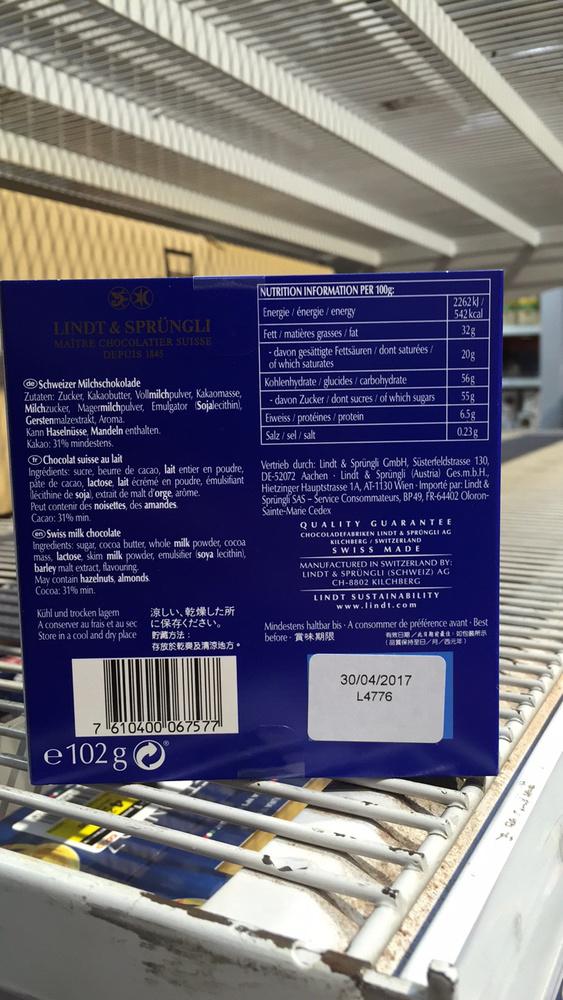
LINDT & SPRÜNGLI
MAITRE CHOCOLATIER SUISSE DEPUIS 1845
de Schweizer Milchschokolade
Zutaten: Zucker, Kakaobutter, Vollmilchpulver, Kakaomasse, Milchzucker, Magermilchpulver, Emulgator (Sojalecithin), Gerstenmalzextrakt, Aroma.
Kann Haselnüsse, Mandeln enthalten. Kakao: 31% mindestens.
Chocolat suisse au lait
Ingrédients: sucre, beurre de cacao, lait entier en poudre, pâte de cacao, lactose, lait écrémé en poudre, émulsifiant lécithine de soja), extrait de malt d'orge, arome. Peut contenir des noisettes, des amandes. Cacao: 31% min.
en Swiss milk chocolate
Ingredients: sugar, cocoa butter, whole milk powder, cocoa
mass, lactose, skim milk powder, emulsifier (soya lecithin),
barley malt extract, flavouring
May contain hazelnuts, almonds.
Cocoa: 31% min.
Kühl und trocken lagern
A conserver au frais et au sec
Store in a cool and dry place
涼しい、乾燥した所
に保存ください。
:
存放於乾爽及清涼地方。
7 610400 067577
e 102 g
NUTRITION INFORMATION PER 100g:
Energie/ énergie/energy
Fett/ matières grasses/fat
- davon gesättigte Fettsäuren/ dont saturées. of which saturates
Kohlenhydrate/ glucides/carbohydrate
- davon Zucker/dont sucres/ of which sugars
Eiweiss / protéines / protein
Salz/sel/salt
2262 kJ/
542 kcal
32g
20g
56g
55g
Vertrieb durch: Lindt & Sprüngli GmbH, Süsterfeldstrasse 130, DE-52072 Aachen Lindt & Sprüngli (Austria) Ges.m.b.H., Hietzinger Hauptstrasse 1A, AT-1130 Wien Importé par: Lindt & Sprüngli SAS-Service Consommateurs, BP49, FR-64402 OloronSainte-Marie Cedex
QUALITY GUARANTEE CHOCOLADEFABRIKEN LINDT & SPRONGLI AG KILCHBERG / SWITZERLAND
SWISS MADE
MANUFACTURED IN SWITZERLAND BY:
LINDT & SPRÜNGLI (SCHWEIZ) AG
CH-8802 KILCHBERG
LINDT SUSTAINABILITY
6.5g
0.23g
30/04/2017
L4776
www.lindt.com
Mindestens haltbar bis A consommer de préférence avant Best
before
有效日期/起共用定最佳,如包裝所示
(28/8/88)
WOMAX